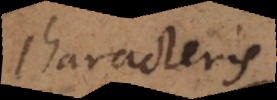
characteris